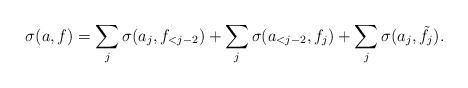
LaTeX: \begin{align*}\sigma(a,f) = \sum_j \sigma(a_j, f_{<j-2}) + \sum_j \sigma(a_{<j-2},f_j) + \sum_j \sigma(a_j, \tilde f_j).\end{align*}